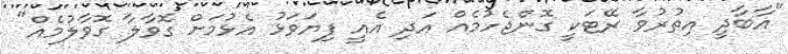
"އާބާދީ އިތުރުވާ ރޭޓަކީ ގޮންޖެހުމެއް އަދި އެއީ ފިޔަވަޅު އެޅުމަށް ގޮވާލާ ގޮވާލުމެއް"